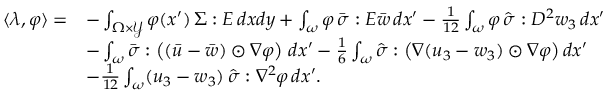
\begin{array} { r l } { \langle \lambda , \varphi \rangle = } & { - \int _ { \Omega \times \mathcal { Y } } \varphi ( x ^ { \prime } ) \, \Sigma : E \, d x d y + \int _ { \omega } \varphi \, \bar { \sigma } : E \bar { w } \, d x ^ { \prime } - \frac { 1 } { 1 2 } \int _ { \omega } \varphi \, \hat { \sigma } : D ^ { 2 } w _ { 3 } \, d x ^ { \prime } } \\ & { - \int _ { \omega } \bar { \sigma } : \left( ( \bar { u } - \bar { w } ) \odot \nabla \varphi \right) \, d x ^ { \prime } - \frac { 1 } { 6 } \int _ { \omega } \hat { \sigma } : \big ( \nabla ( u _ { 3 } - w _ { 3 } ) \odot \nabla \varphi \big ) \, d x ^ { \prime } } \\ & { - \frac { 1 } { 1 2 } \int _ { \omega } ( u _ { 3 } - w _ { 3 } ) \, \hat { \sigma } : \nabla ^ { 2 } \varphi \, d x ^ { \prime } . } \end{array}